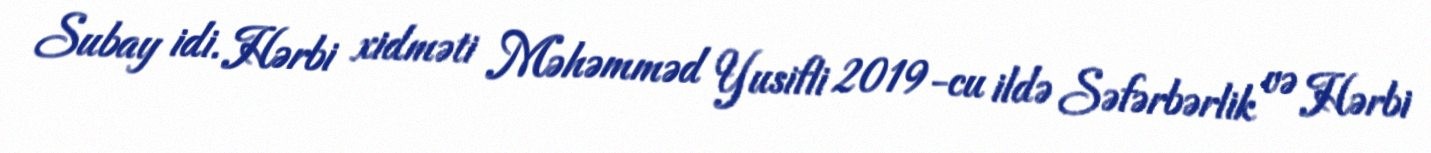
Subay idi. Hərbi xidməti Məhəmməd Yusifli 2019-cu ildə Səfərbərlik və Hərbi